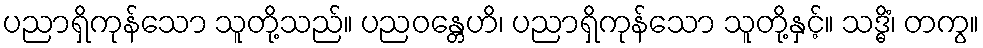
ပညာရှိကုန်သော သူတို့သည်။ ပညဝန္တေဟိ၊ ပညာရှိကုန်သော သူတို့နှင့်။ သဒ္ဓိံ၊ တကွ။